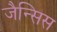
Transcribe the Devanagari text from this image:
जैन्सिस